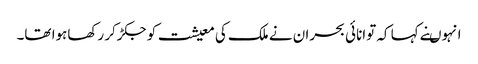
انہوںنے کہا کہ توانائی بحران نے ملک کی معیشت کو جکڑکر رکھاہوا تھا۔